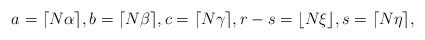
LaTeX: \begin{align*}a=\lceil N \alpha\rceil, b=\lceil N \beta\rceil, c=\lceil N \gamma\rceil, r-s=\lfloor N \xi\rfloor, s=\lceil N\eta\rceil,\end{align*}